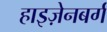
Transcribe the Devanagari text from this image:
हाइज़ेनबर्ग